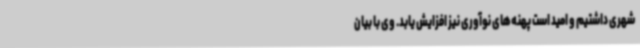
شهری داشتیم و امید است پهنه‌های نوآوری نیز افزایش یابد. وی با بیان